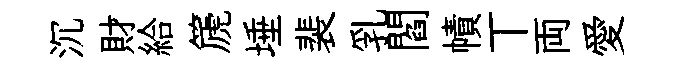
沉財給篪埵裴乳閻幘丅両愛